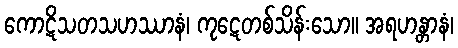
ကောဋိသတသဟဿာနံ၊ ကုဋေတစ်သိန်းသော။ အရဟန္တာနံ၊